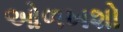
ઓળખશો